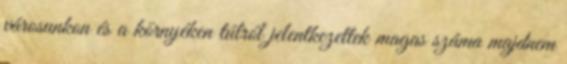
városunkon és a környéken túlról jelentkezettek magas száma majdnem